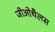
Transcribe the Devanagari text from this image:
जीओथैलस